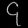
Digit: ၄